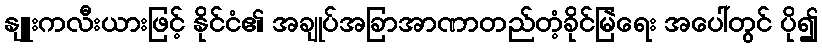
နျူးကလီးယားဖြင့် နိုင်ငံ၏ အချုပ်အခြာအာဏာတည်တံ့ခိုင်မြဲရေး အပေါ်တွင် ပို၍